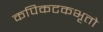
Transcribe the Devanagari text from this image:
कपिकटकभृतो